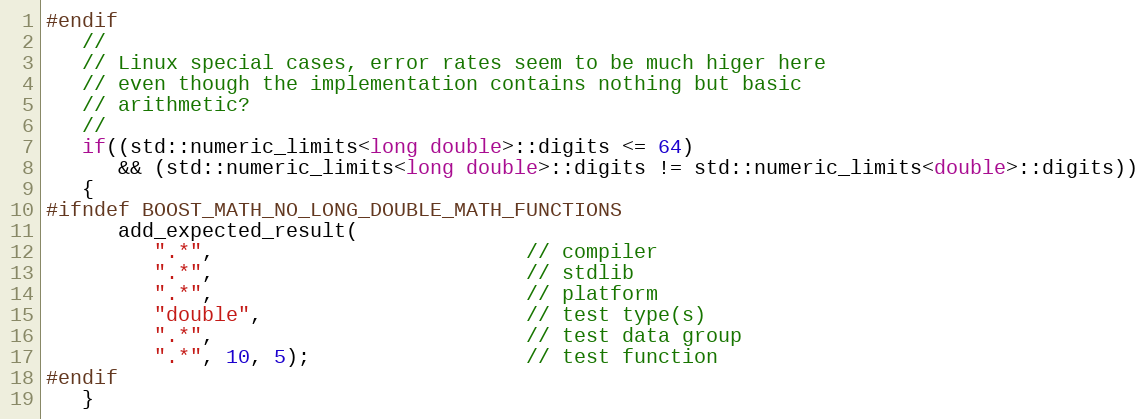
Language: C++
#endif
   //
   // Linux special cases, error rates seem to be much higer here
   // even though the implementation contains nothing but basic
   // arithmetic?
   //
   if((std::numeric_limits<long double>::digits <= 64)
      && (std::numeric_limits<long double>::digits != std::numeric_limits<double>::digits))
   {
#ifndef BOOST_MATH_NO_LONG_DOUBLE_MATH_FUNCTIONS
      add_expected_result(
         ".*",                          // compiler
         ".*",                          // stdlib
         ".*",                          // platform
         "double",                      // test type(s)
         ".*",                          // test data group
         ".*", 10, 5);                  // test function
#endif
   }